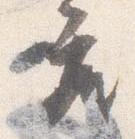
座